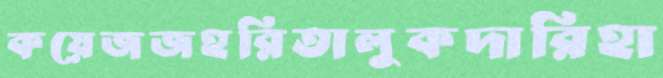
কয়েজজহরিতালুকদারিহা